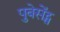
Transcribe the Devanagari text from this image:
पुबेसेंट्स